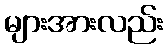
များအားလည်း